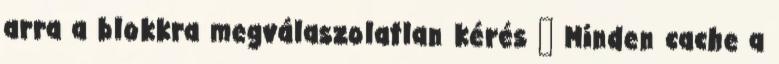
arra a blokkra megválaszolatlan kérés ● Minden cache a